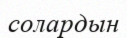
солардын